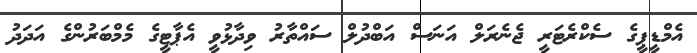
އެމްޑީޕީގެ ސެކްރެޓަރީ ޖެނެރަލް އަނަސް އަބްދުލް ސައްތާރު ވިދާޅުވީ އެޕާޓީގެ މެމްބަރުންގެ އަދަދު